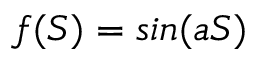
f ( S ) = s i n ( a S )